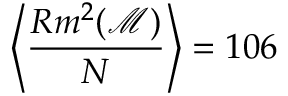
\left< \frac { R m ^ { 2 } ( \mathcal { M } ) } { N } \right> = 1 0 6